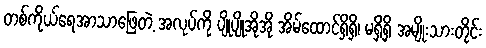
တစ်ကိုယ်ရေအာသာဖြေတဲ့ အလုပ်ကို ပျိုပျိုအိုအို အိမ်ထောင်ရှိရှိ၊ မရှိရှိ အမျိုးသားတိုင်း